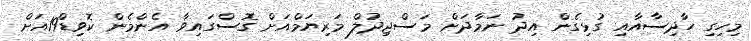
މިހިގި ހާދިސާއާއި ގުޅިގެން އިދު ނަމާދަށް މަސްޖިދުލް މަރިޔަމްއަށް ގޮސްގައިވާ އެންމެން ކޮވިޑް19އަށް